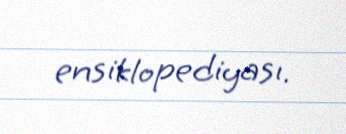
ensiklopediyası.